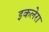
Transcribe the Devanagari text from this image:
इकलेरा